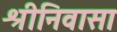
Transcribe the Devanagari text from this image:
श्रीनिवासा